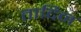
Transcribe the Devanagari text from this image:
तादिन